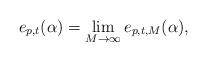
LaTeX: \begin{align*}e_{p , t }(\alpha ) = \lim_{M \to \infty} e_{p, t, M} (\alpha) ,\end{align*}